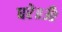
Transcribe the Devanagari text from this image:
धरे॥ॐ